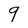
Character: 9